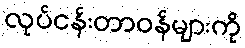
လုပ်ငန်းတာဝန်များကို